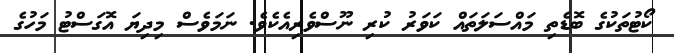
ކޯޓުތަކުގެ ބޮޑެތި މައްސަލަތައް ކަވަރު ކުރި ނޫސްވެރިއެކެވެ. ނަމަވެސް މިދިޔަ އޮގަސްޓު މަހުގެ